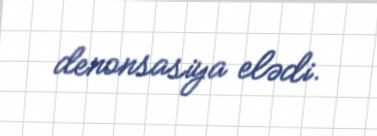
denonsasiya elədi.